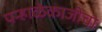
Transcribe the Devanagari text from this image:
पन्हाळेकाजीचा